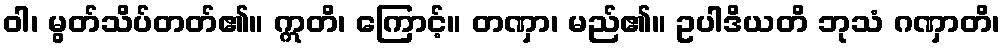
ဝါ၊ မွတ်သိပ်တတ်၏။ ဣတိ၊ ကြောင့်။ တဏှာ၊ မည်၏။ ဥပါဒိယတိ ဘုသံ ဂဏှာတိ၊